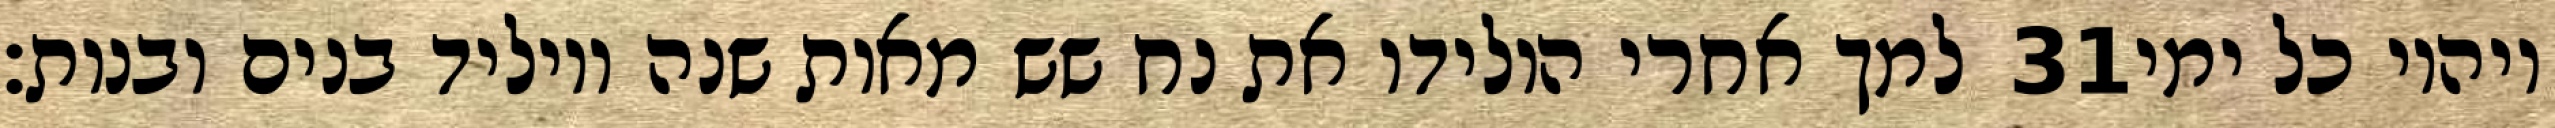
למך אחרי הולידו את נח שש מאות שנה ויוליד בנים ובנות׃ ‎31‏ ויהיו כל ימי